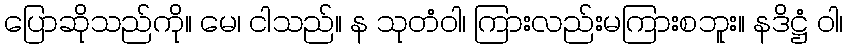
ပြောဆိုသည်ကို။ မေ၊ ငါသည်။ န သုတံဝါ၊ ကြားလည်းမကြားစဘူး။ နဒိဋ္ဌံ ဝါ၊